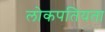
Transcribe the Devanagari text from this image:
लोकपतियता